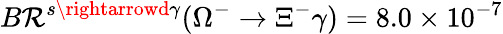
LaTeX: B\mathcal{R}^{s\rightarrowd\gamma}(\Omega^{-}\rightarrow\Xi^{-}\gamma)=8.0\times10^{-7}